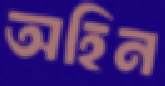
অহিন